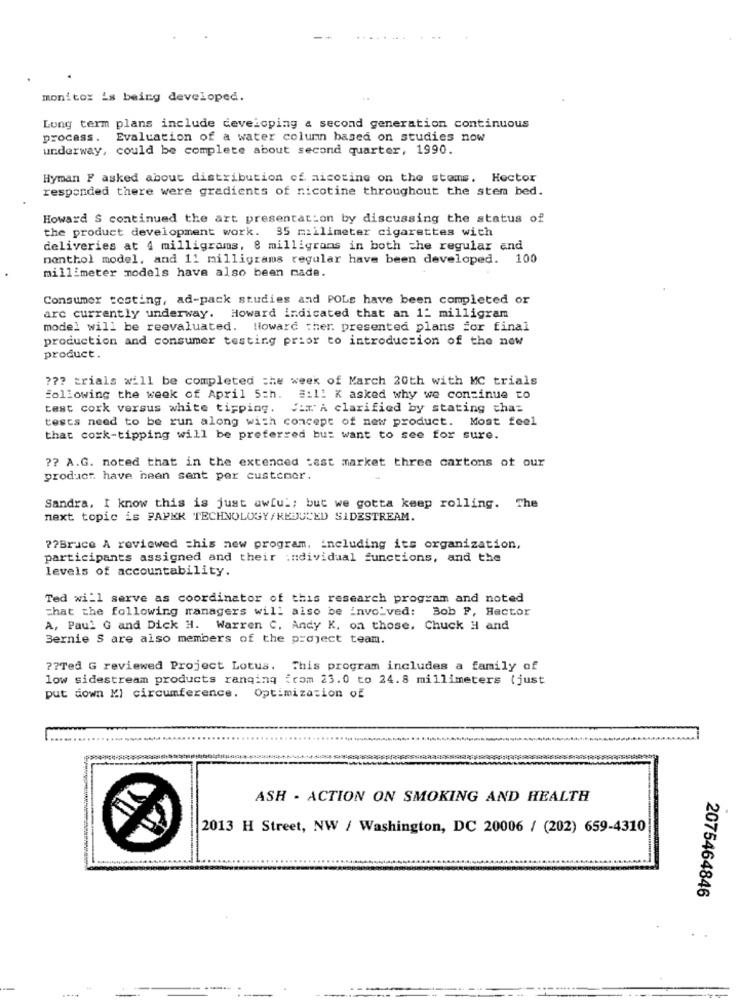
monitox is being developed.
Long term plans include developing a second generation continuous
process. Evaluation of a water column based on studies now
underway, could be complete about second quarter, 1990.
Hyman F asked about distribution of nicotine on the stems. Hector
responded there were gradients of nicotine throughout the stem bed.
Howard S continued the art presentation by discussing the status of
the product development work. 35 millimeter cigarettes with
deliveries at 4 milligrams, 8 milligrams in both che regular and
nenthol model, and 11 milligrams regular have been developed. 100
millimeter models have also been made.
Consumer testing, ad-pack studies and POLs have been completed or
are currently underway. Howard indicated that an 12 milligram
model will be reevaluated. Howard ;her. presented plans for final
production and consumer testing prior to introduction of the now
product.
??? trials will be completed the week of March 20th with MC trials
following the week of April 5th. Eil! K asked why we continue to
test cork versus white tipping. Vi. A clarified by stating cha:
tests need to be run along with concept of new product. Most feel
that coxk-tipping will be preferred bu: want to see for sure.
?? A.G. noted that in the extended test market three cartons of our
product. have been sent per customer.
Sandra, I know this is just awful; but we gotta keep rolling. The
next topic is PAPKK TECHNOLOGY/REDUCED SIDESTREAM.
?? Bruce A reviewed =his new program, including its organization,
participants assigned and their :ndividual functions, and the
levels of accountability.
Ted will serve as coordinator of this research program and noted
that the following managers will also be involved:
Bob P, Hector
A, Paul G and Dick H. Warren C, Andy K. on those, Chuck H and
Bernie S are also members of the project team.
?? Ted G reviewed Project Lotus. This program includes a family of
low sidestream products ranging from 23.0 to 24.8 millimeters (just
put down M) circumference.
Optimization of
ASH - ACTION ON SMOKING AND HEALTH
2013 H Street, NW / Washington, DC 20006 / (202) 659-4310|
2075464846